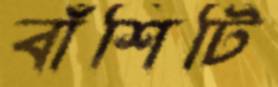
বাঁশিটি